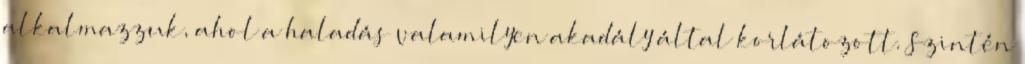
alkalmazzuk, ahol a haladás valamilyen akadály által korlátozott. Szintén